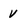
Character: v